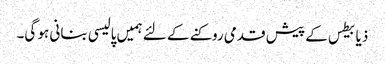
ذیابیطس کے پیش قدمی روکنے کے لئے ہمیں پالیسی بنانی ہو گی۔